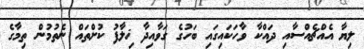
ލިޔާ އެއްޗެއްސާއި ދައްކާ ވާހަކައިގައި ބަހުގެ ގަވާއިދާ ޚިލާފު ކުށްތައް ނެތުމުން ތިމާގެ